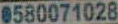
0580071028